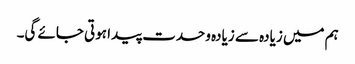
ہم میں زیادہ سے زیادہ وحدت پیدا ہوتی جائے گی۔